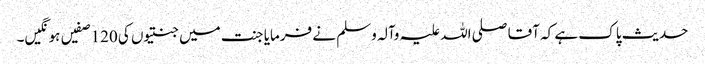
حدیث پاک ہے کہ آقا صلی اللہ علیہ وآلہ وسلم نے فرمایا جنت میں جنتیوں کی 120 صفیں ہو نگیں۔